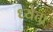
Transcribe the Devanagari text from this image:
ध्येता